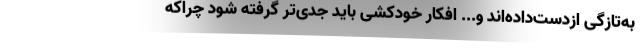
به‌تازگی ازدست‌داده‌اند و... افکار خودکشی باید جدی‌تر گرفته شود چراکه